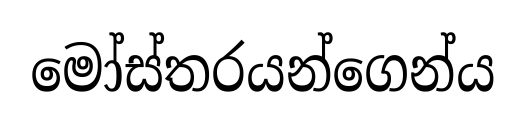
මෝස්තරයන්ගෙන්ය